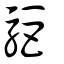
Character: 駏